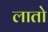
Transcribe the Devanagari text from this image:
लातो